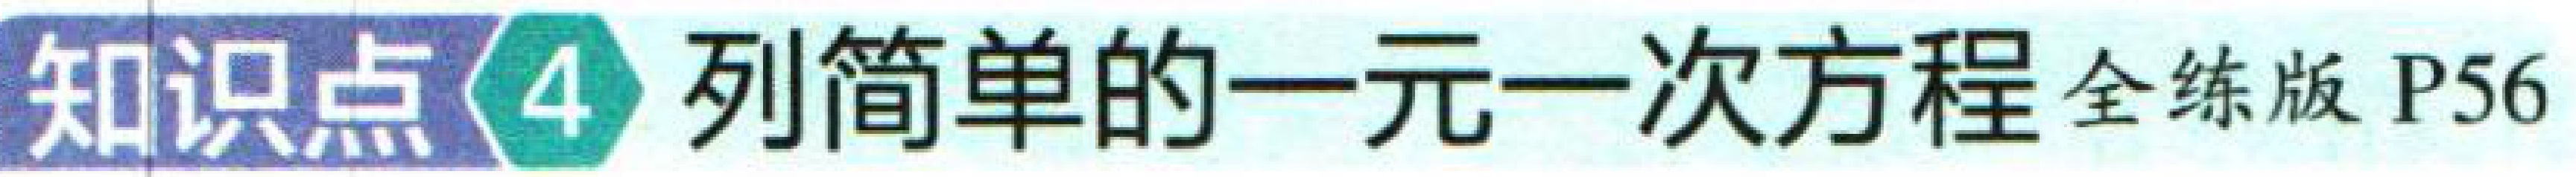
知识点4 列简单的一元一次方程 全练版 P56